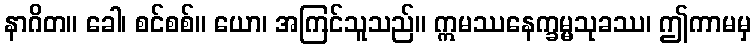
နာဂိတ။ ခေါ၊ စင်စစ်။ ယော၊ အကြင်သူသည်။ ဣမဿနေက္ခမ္မသုခဿ၊ ဤကာမမှ